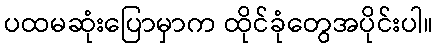
ပထမဆုံးပြောမှာက ထိုင်ခုံတွေအပိုင်းပါ။